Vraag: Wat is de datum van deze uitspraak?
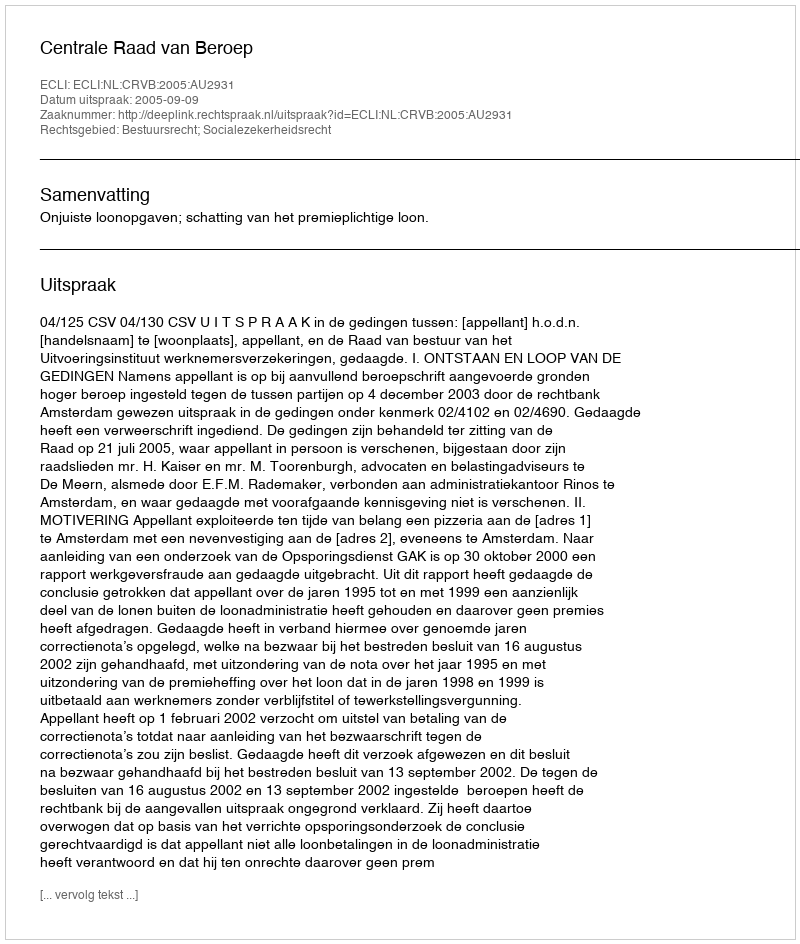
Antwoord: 2005-09-09